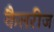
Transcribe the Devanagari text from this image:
कैलरीज